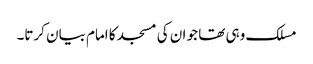
مسلک وہی تھا جو ان کی مسجد کا امام بیان کرتا۔